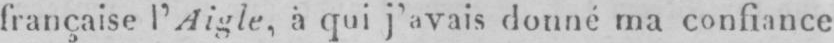
française l’Aigle, à qui j’avis donné ma confiance